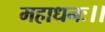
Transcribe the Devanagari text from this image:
महाधनः।।